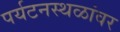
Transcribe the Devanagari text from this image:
पर्यटनस्थळांवर